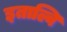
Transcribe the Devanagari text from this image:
इताल्वि